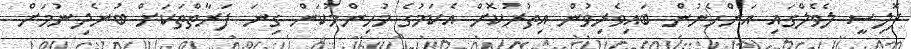
ޕޮލިސީ ލެވެލްގައި އަންހެނުން ބައިވެރިވުން އިތުރުކޮށް އެކަމުގެ މުހިންމުކަން ގިނަ ފަރާތްތަކަށް ބުނެދިނުމަށް